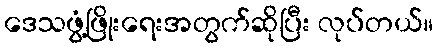
ဒေသဖွံ့ဖြိုးရေးအတွက်ဆိုပြီး လုပ်တယ်။